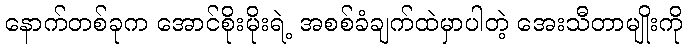
နောက်တစ်ခုက အောင်စိုးမိုးရဲ့ အစစ်ခံချက်ထဲမှာပါတဲ့ အေးသီတာမျိုးကို